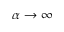
\alpha \rightarrow \infty